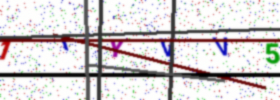
Text: 1IYVV5